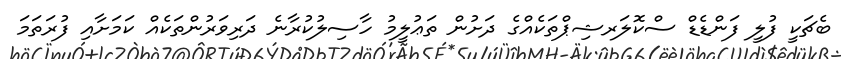
ބެޗަކީ ފުލީ ފަންޑެޑް ސްކޮލަރޝިޕްތަކެއްގެ ދަށުން ތަޢުލީމު ހާސިލުކުރާނެ ދަރިވަރުންތަކެއް ކަމަށާއި ފުރަތަމަ